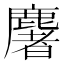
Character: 𪋏